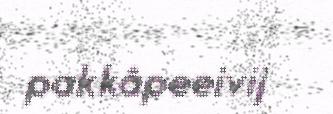
pakkâpeeivij